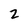
Character: 2